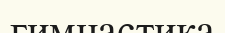
гимнастика